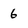
Character: 6